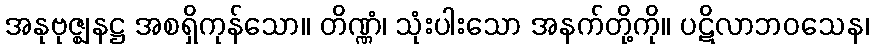
အနုဗုဇ္ဈနဋ္ဌ အစရှိကုန်သော။ တိဏ္ဏံ၊ သုံးပါးသော အနက်တို့ကို။ ပဋိလာဘဝသေန၊